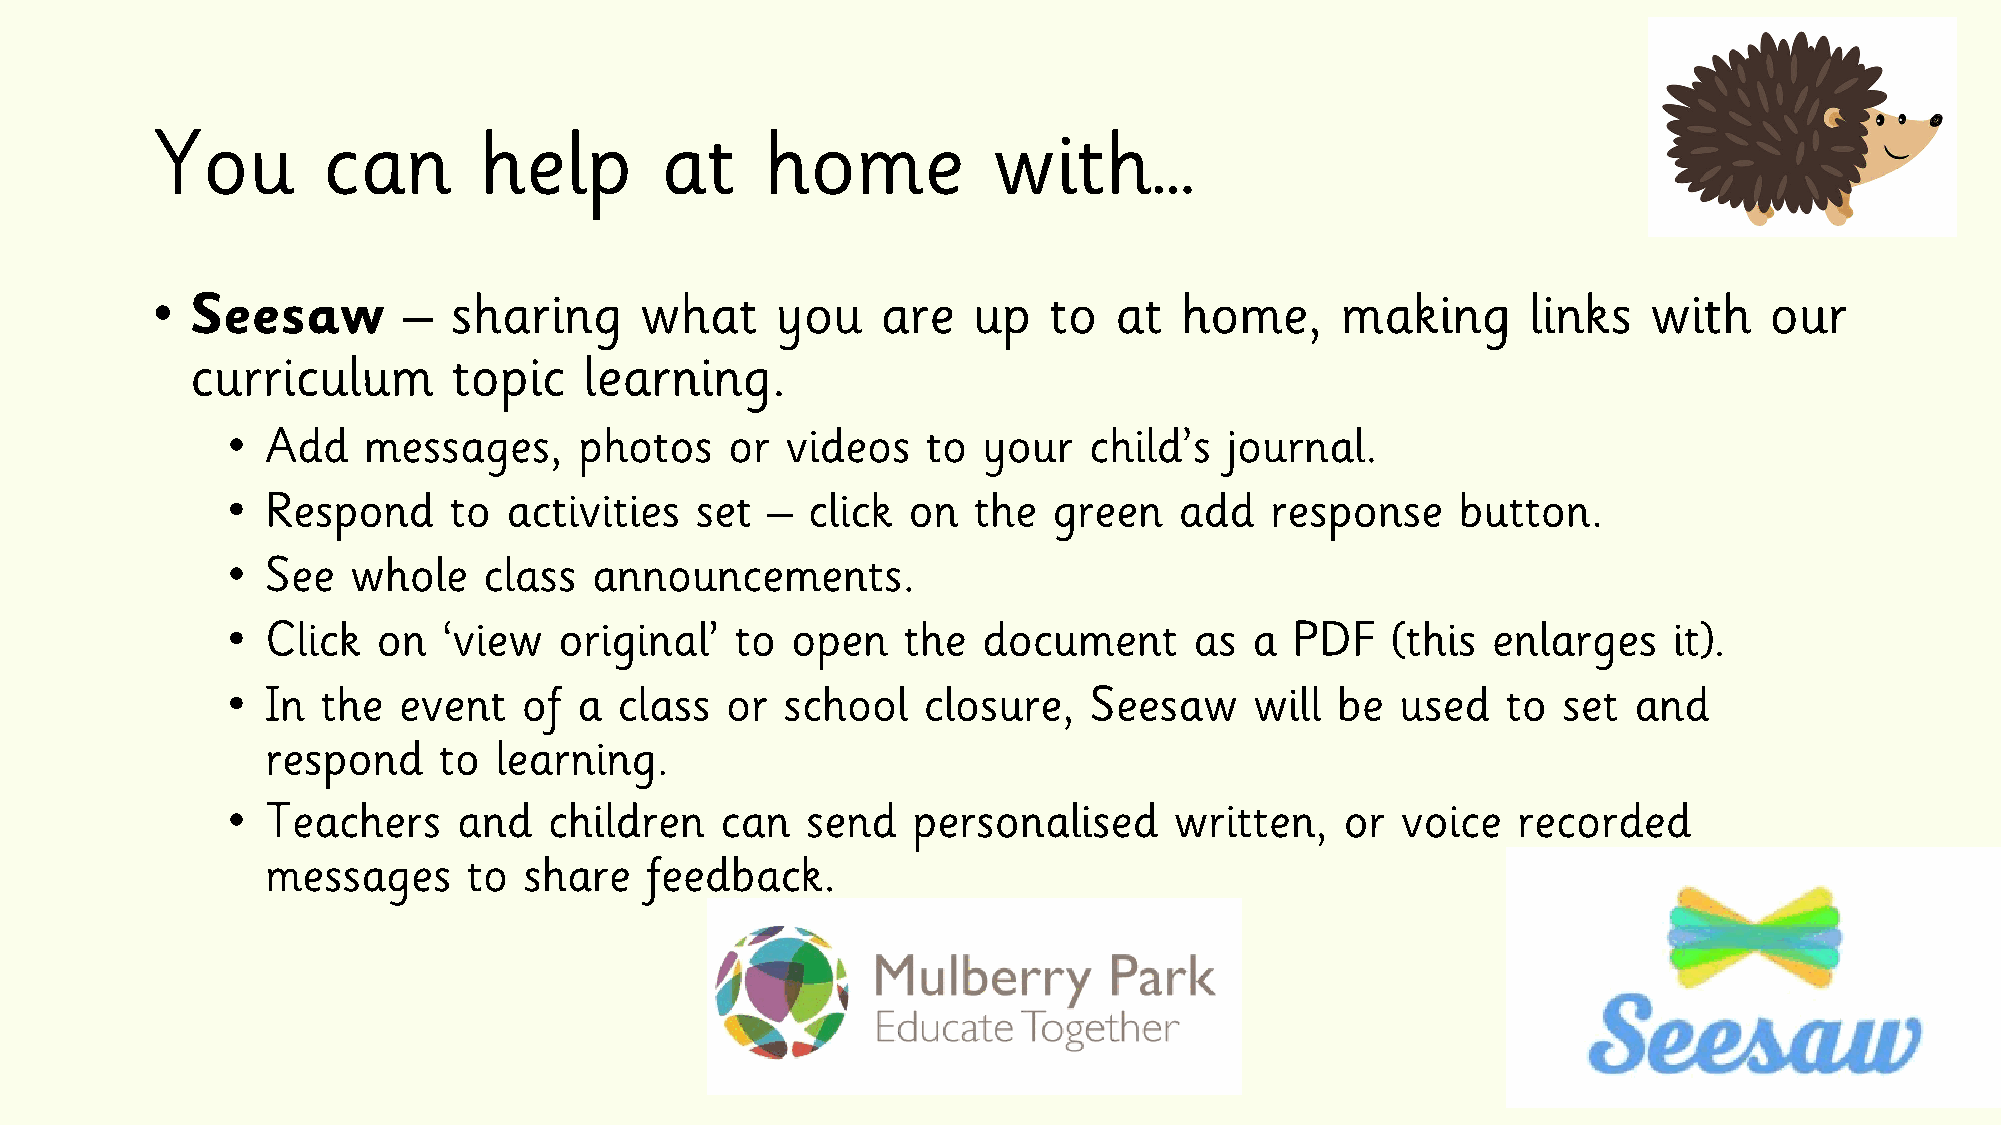
You        can        help        at     home           with…
 •  Seesaw        –  sharing     what     you    are   up   to   at  home,      making      links   with    our
 curriculum       topic    learning.
 •  Add   messages,     photos    or  videos   to  your   child’s  journal.
 •  Respond     to activities   set  – click  on  the   green   add   response     button.
 •  See  whole    class  announcements.
 •  Click  on  ‘view   original’   to open    the  document      as  a  PDF   (this  enlarges    it).
 •  In the  event    of a  class  or  school   closure,   Seesaw     will be   used   to set  and
 respond    to  learning.
 •  Teachers    and   children    can  send   personalised      written,   or  voice  recorded
 messages     to  share   feedback.